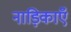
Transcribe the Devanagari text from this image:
नाड़िकाएँ